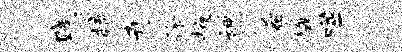
贱梳卉徐掖禅希悔噬